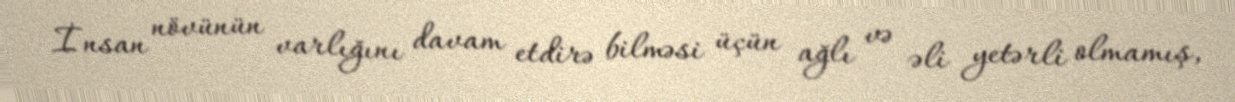
İnsan növünün varlığını davam etdirə bilməsi üçün ağlı və əli yetərli olmamış,